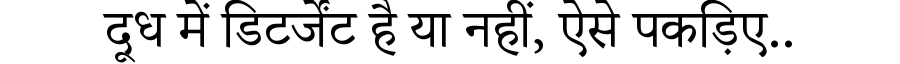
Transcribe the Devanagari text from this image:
दूध में डिटर्जेंट है या नहीं, ऐसे पकड़िए..